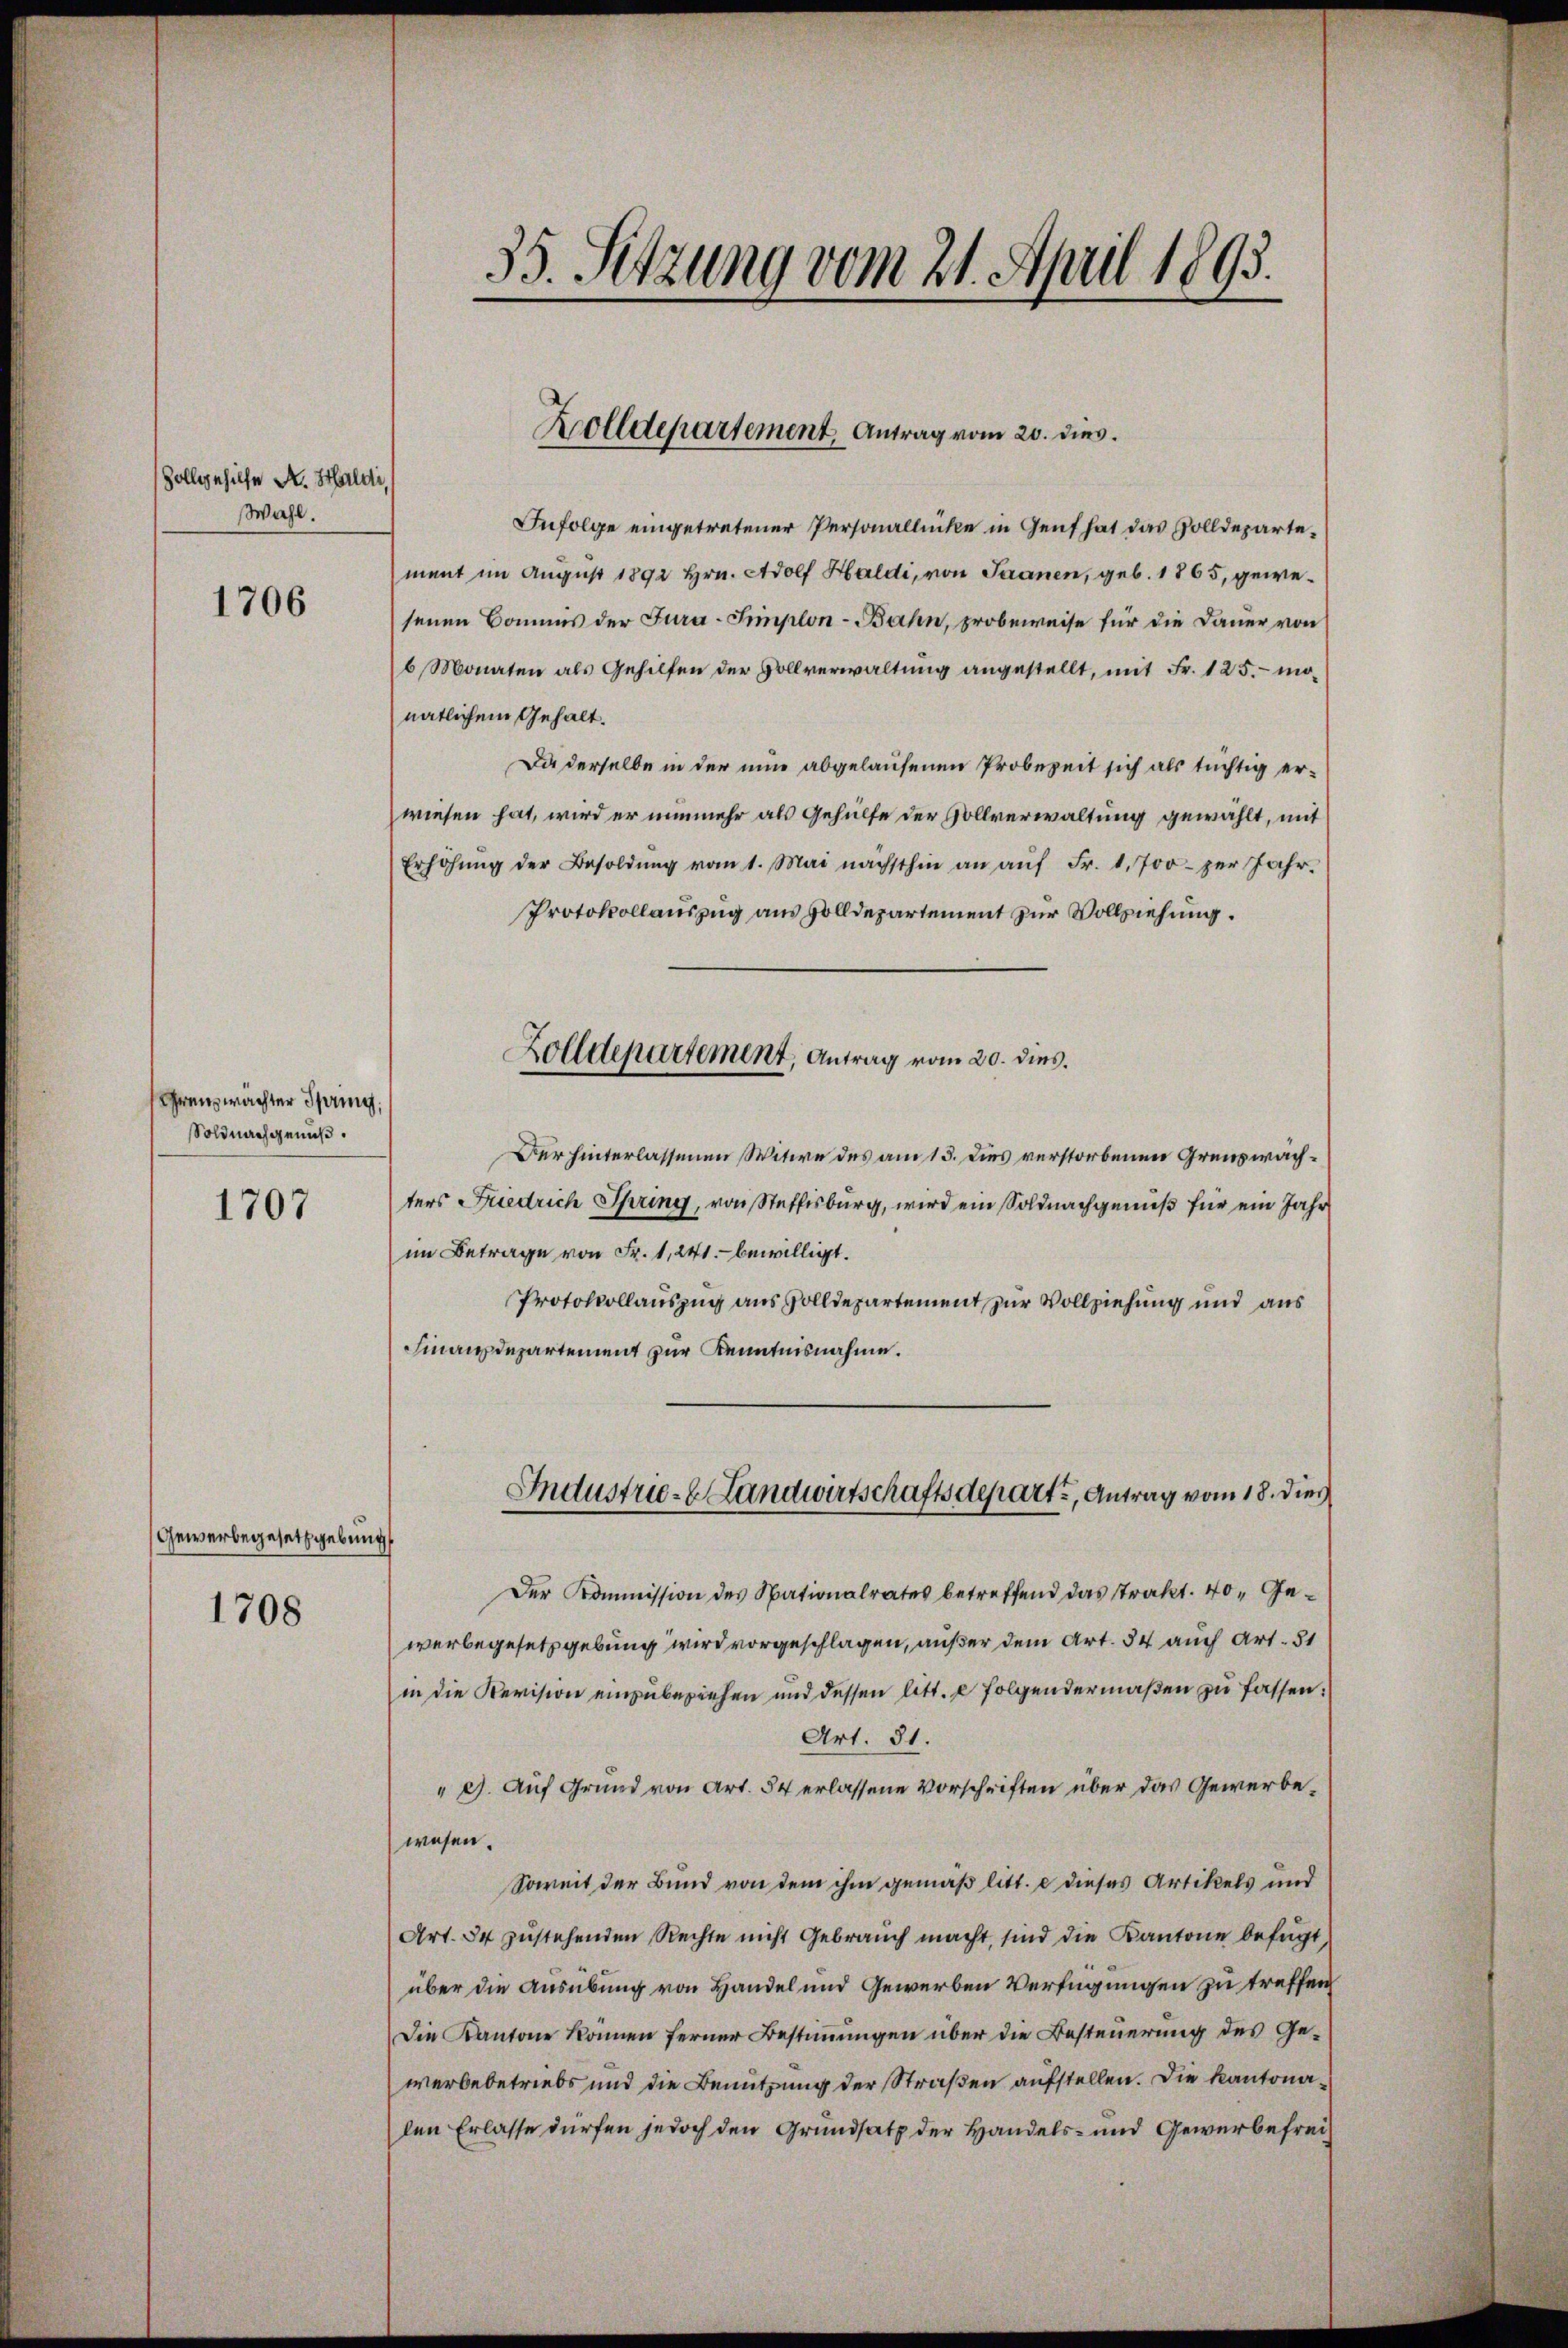
Zollgehilfe A. Haldi
Wahl.

1706

Grenzwachter Spring,
Soldnachgenuß.

1707

Gewerbegesetzgebung

1708

35. Sitzung vom 21. April 1893.

Zolldepartement Antrag vom 20. dies

Infolge eingetretener Personallücke in Genf hat das Zolldepartement im August 1892 Hrn. Adolf Haldi, von Saanen, geb. 1865, gewesenen Bommes der Jura-Simplon - Bahn, probeweise für die Dauer von
6 Monaten als Gehilfen der Vollverwaltung angestellt, mit Fr. 125.- monatlichem Gehalt.
Da derselbe in der nun abgelaufenen Probezeit sich als tüchtig erwiesen hat, wird er nunmehr als Gehülfe der Hollverwaltung gewählt, mit
Erhöhŭng der Besoldŭng vom 1. Mai nächsthin an aŭf Fr. 1,700 per Jahr.
Protokollauszug aus Zolldepartement zur Vollziehung.
Der hinterlassenen Witwe des am 15. Dies verstorbenen Greuswachters Friedrich Spring, von Steffisburg, wird ein Soldnachgemeß für ein Jahr
im Betrage von Fr. 1, 241. bewilligt.
Protokollauszug aus Zolldepartement zur Vollziehung und aus
Finanzdepartement zur Kenntnisnahme.
Industrie - Landwirtschaftsdepart, Antrag vom 18. dies
Der Kommission des Nationalrates betreffend das Trakt. 40. Gewerbegesetzgebung wird vorgeschlagen, außer dem Art. 34 auch Art. 51
in die Revision einzubeziehen und dessen litt. e folgendermaßen zu fassen:
Art. 81.
" c). Auf Grund von Art. 54 erlassene Vorschriften über das Gewerbewesen.
Soweit der Bund von dem ihm gemäß litt. e dieses Artikels und
Art. 34 zŭstehenden Rechte nicht Gebraŭch macht, sind die Kantone befŭgt
über die Ausübung von Handel und Gewerben Verfügungen zu treffen,
Die Kantone können ferner Bestimmungen über die Besteuerung des Gewerbebetriebs und die Benutzung der Straßen aufstellen. Die Kantonalen Erlasse dürfen jedoch den Grundsatz der Handels- und Gewerbefrei¬

Zolldepartement, Antrag vom 20. dies.